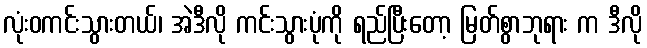
လုံးဝကင်းသွားတယ်၊ အဲဒီလို ကင်းသွားပုံကို ရည်ပြီးတော့ မြတ်စွာဘုရား က ဒီလို